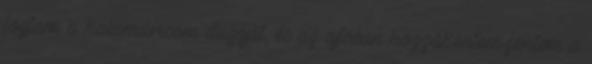
fogtam a kalamárisom dugóját, és az ajtóban hozzákentem-fentem a